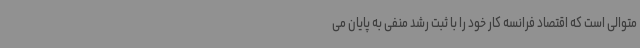
متوالی است که اقتصاد فرانسه کار خود را با ثبت رشد منفی به پایان می